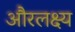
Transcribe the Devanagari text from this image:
औरलक्ष्य